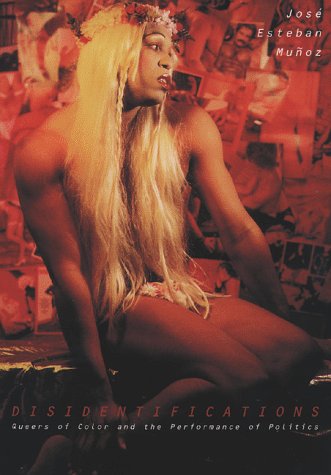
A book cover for Disidentifications: Queers Of Color And The Performance Of Politics (Cultural Studies of the Americas); JosÃ© Esteban MuÃ±oz; Gay & Lesbian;